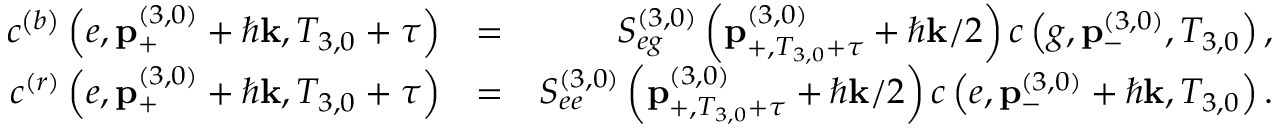
\begin{array} { r l r } { c ^ { \left( b \right) } \left( e , \mathbf { p } _ { + } ^ { \left( 3 , 0 \right) } + \hbar \mathbf { k } , T _ { 3 , 0 } + \tau \right) } & { = } & { S _ { e g } ^ { \left( 3 , 0 \right) } \left( \mathbf { p } _ { + , T _ { 3 , 0 } + \tau } ^ { \left( 3 , 0 \right) } + \hbar \mathbf { k } / 2 \right) c \left( g , \mathbf { p } _ { - } ^ { \left( 3 , 0 \right) } , T _ { 3 , 0 } \right) , } \\ { c ^ { \left( r \right) } \left( e , \mathbf { p } _ { + } ^ { \left( 3 , 0 \right) } + \hbar \mathbf { k } , T _ { 3 , 0 } + \tau \right) } & { = } & { S _ { e e } ^ { \left( 3 , 0 \right) } \left( \mathbf { p } _ { + , T _ { 3 , 0 } + \tau } ^ { \left( 3 , 0 \right) } + \hbar \mathbf { k } / 2 \right) c \left( e , \mathbf { p } _ { - } ^ { \left( 3 , 0 \right) } + \hbar \mathbf { k } , T _ { 3 , 0 } \right) . } \end{array}